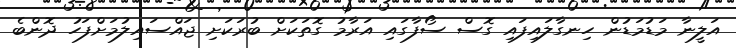
އަލީނާ މަޑުމަޑުން ހިނގާލައިފައި ގޮސް ސޯފާގައި އަރާމު ގޮތަކަށް ބުރަކަށި ޖައްސައިލުމަށްފަހު ދޮންބެ